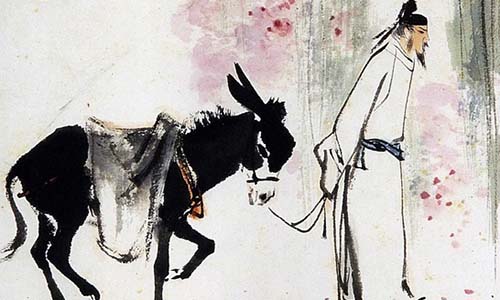
暗柳啼鸦，单衣伫立，小帘朱户。